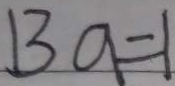
1 3 a = 1